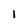
Character: I